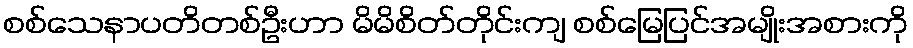
စစ်သေနာပတိတစ်ဦးဟာ မိမိစိတ်တိုင်းကျ စစ်မြေပြင်အမျိုးအစားကို